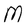
Character: M